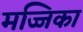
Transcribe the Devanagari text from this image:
मज्जिका